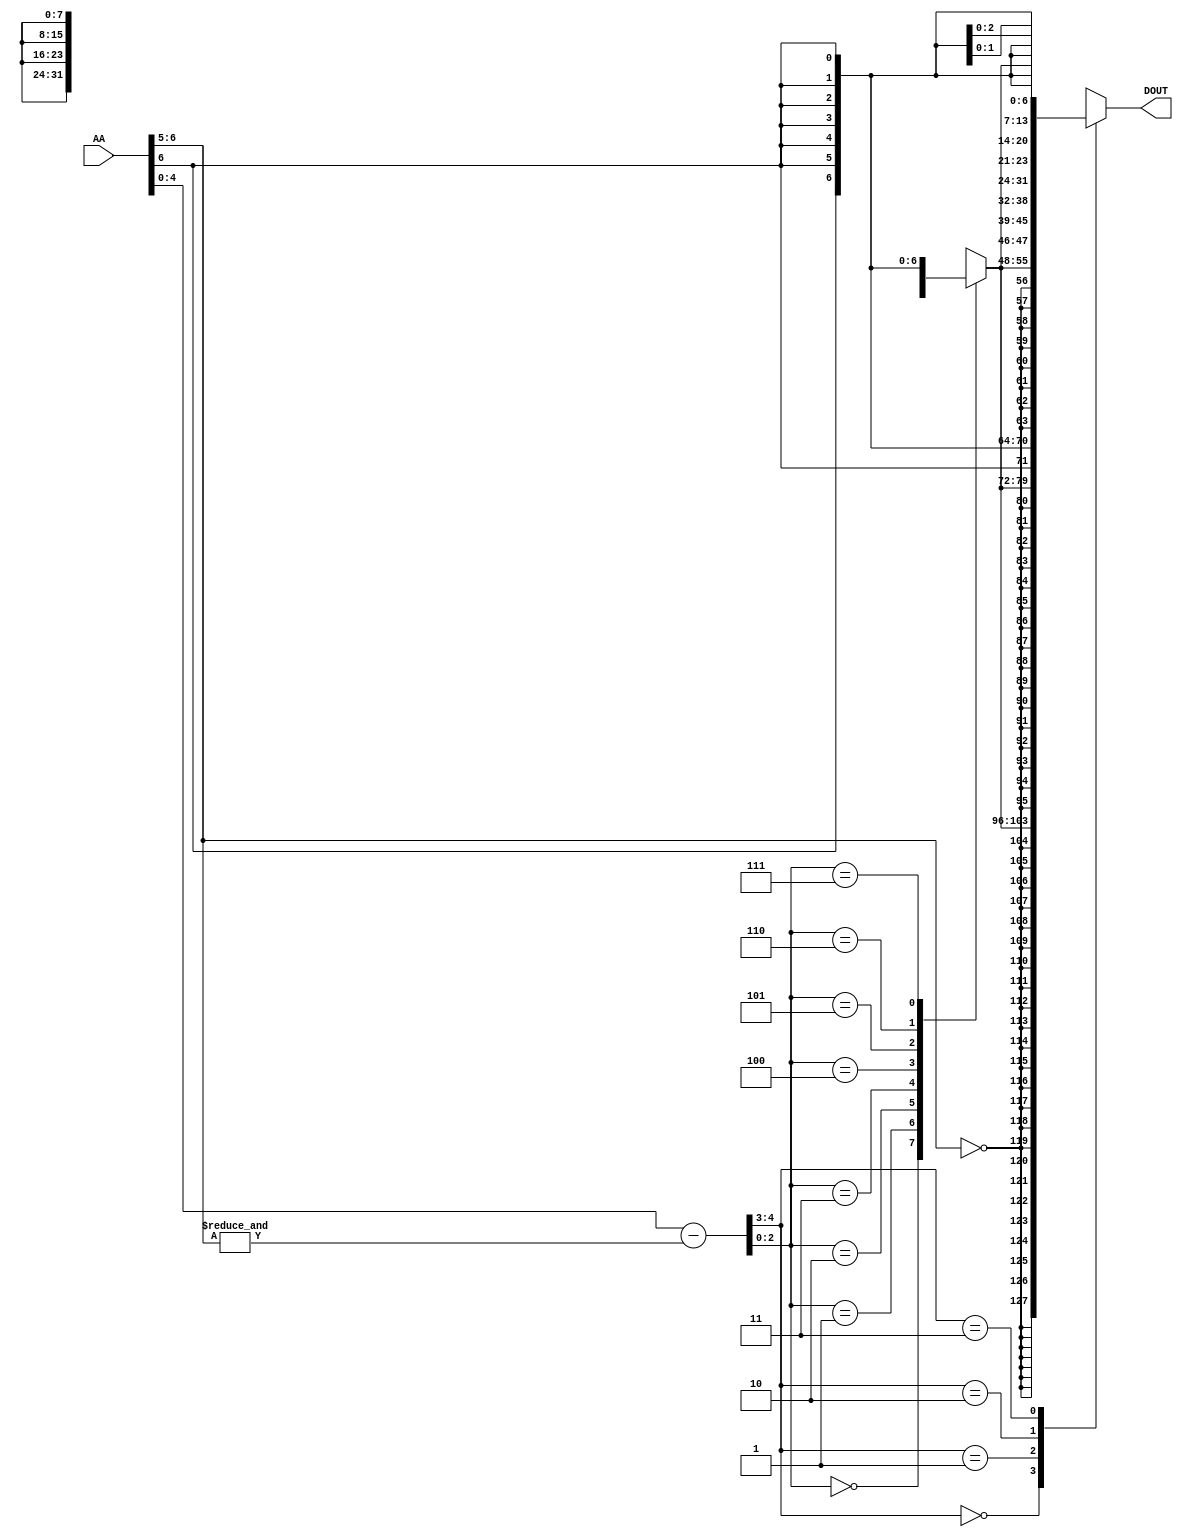
// +++++++++++++++++++++++++++++++++++++++++++++++++++++++++++++++++++++++++++++++++++++++++++++++++
//
// This file is part of the M32632 project
// http://opencores.org/project,m32632
//
//	Version:	2.0
//	History:	1.1 bug fix of 7 November 2015
//				1.0 first release of 30 Mai 2015
//
// Copyright (C) 2016 Udo Moeller
// 
// This source file may be used and distributed without 
// restriction provided that this copyright statement is not 
// removed from the file and that any derivative work contains 
// the original copyright notice and the associated disclaimer.
// 
// This source file is free software; you can redistribute it 
// and/or modify it under the terms of the GNU Lesser General 
// Public License as published by the Free Software Foundation;
// either version 2.1 of the License, or (at your option) any 
// later version. 
// 
// This source is distributed in the hope that it will be 
// useful, but WITHOUT ANY WARRANTY; without even the implied 
// warranty of MERCHANTABILITY or FITNESS FOR A PARTICULAR 
// PURPOSE. See the GNU Lesser General Public License for more 
// details. 
// 
// You should have received a copy of the GNU Lesser General 
// Public License along with this source; if not, download it 
// from http://www.opencores.org/lgpl.shtml 
// 
// +++++++++++++++++++++++++++++++++++++++++++++++++++++++++++++++++++++++++++++++++++++++++++++++++
//
//	Modules contained in this file:
//	1. BITMASK  	Mask Generator , was a ROM on falling edge in early days
//	2. MULFILTER 	Filter for Multiplier Input Data
//	3. SIGNMUL		Signed Multiplier for Integer Multiplication
//	4. SHIFTER		Barrel Shifter for all Shift Opcodes
//	5. FFS_LOGIK	Logic for FFS opcode 
//	6. SCHALE		Enclosure for Adder/Subtractor
//	7. I_PFAD		The Integer Datapath
//
// ++++++++++++++++++++++++++++++++++++++++++++++++++++++++++++++++++++++++++++++++++++++++++++++++++

// ++++++++++++++++++++++++++++++++++++++++++++++++++++++++++++++++++++++++++++++++++++++++++++++++++
//
//	1. BITMASK  	Mask Generator , was a ROM on falling edge in early days
//
// ++++++++++++++++++++++++++++++++++++++++++++++++++++++++++++++++++++++++++++++++++++++++++++++++++
module BITMASK (AA, DOUT);

//	0    :   FFFFFFFF;	Masktype 1 , Zero from right
//	1    :   FFFFFFFE;
//	2    :   FFFFFFFC;
//	3    :   FFFFFFF8;
//	.    :   ...
//	32   :   00000001;	Masktype 2 , Decoder
//	33   :   00000002;
//	34   :   00000004;
//	35   :   00000008;
//	..   :   ...
//	64   :   00000001;	Masktyte 3 , One from right
//	65   :   00000003;
//	66   :   00000007;
//	67   :   0000000F;
//	..   :   ...
//	96   :   FFFFFFFF;	Masktype 4 , like Masktype 3 but AA-1
//	97   :   00000001;
//	98   :   00000003;
//	99   :   00000007;
//	..   :   ...

	input	 	[6:0]	AA;
	
	output	reg	[31:0]	DOUT;
	
	reg		[7:0]	dec_bit;
	
	wire	 [4:0]	code;
	wire			high,low;
	
	
	assign code = AA[4:0] - {4'd0,&AA[6:5]};
	
	assign high = (AA[6:5] == 2'd0);
	assign low  =  AA[6];
	
	always @(code or high or low)
		case (code[2:0])
		  3'b000 : dec_bit = {{7{high}},1'b1         };
		  3'b001 : dec_bit = {{6{high}},1'b1,   low  };
		  3'b010 : dec_bit = {{5{high}},1'b1,{2{low}}};
		  3'b011 : dec_bit = {{4{high}},1'b1,{3{low}}};
		  3'b100 : dec_bit = {{3{high}},1'b1,{4{low}}};
		  3'b101 : dec_bit = {{2{high}},1'b1,{5{low}}};
		  3'b110 : dec_bit = {   high  ,1'b1,{6{low}}};
		  3'b111 : dec_bit = {          1'b1,{7{low}}};
		endcase

	always @(code or high or low or dec_bit)
		case (code[4:3])
		  2'b00 : DOUT = {{24{high}},dec_bit		  };
		  2'b01 : DOUT = {{16{high}},dec_bit,{ 8{low}}};
		  2'b10 : DOUT = {{ 8{high}},dec_bit,{16{low}}};
		  2'b11 : DOUT = {           dec_bit,{24{low}}};
		endcase
		
endmodule

// ++++++++++++++++++++++++++++++++++++++++++++++++++++++++++++++++++++++++++++++++++++++++++++++++++
//
//	2. MULFILTER 	Filter for Multiplier Input Data
//
// ++++++++++++++++++++++++++++++++++++++++++++++++++++++++++++++++++++++++++++++++++++++++++++++++++
module MULFILTER (BWD, FLOAT, SRC1, SRC2, DEST1, DEST2);

	input	 [1:0]	BWD;
	input			FLOAT;
	input	[31:0]	SRC1,SRC2;
	output	[31:0]	DEST1,DEST2;

	reg		[31:0]	DEST1,DEST2;
	
	always @(FLOAT or BWD or SRC1)
		casex ({FLOAT,BWD})
		  3'b0_00 : DEST1 = {{24{SRC1[7]}}, SRC1[7:0]};
		  3'b0_01 : DEST1 = {{16{SRC1[15]}},SRC1[15:0]};
		  3'b1_xx : DEST1 = {        9'h001,SRC1[22:0]};
		  default : DEST1 = SRC1;
		endcase
		
	always @(FLOAT or BWD or SRC2)
		casex ({FLOAT,BWD})
		  3'b0_00 : DEST2 = {{24{SRC2[7]}}, SRC2[7:0]};
		  3'b0_01 : DEST2 = {{16{SRC2[15]}},SRC2[15:0]};
		  3'b1_xx : DEST2 = {		 9'h001,SRC2[22:0]};
		  default : DEST2 = SRC2;
		endcase
		
endmodule

// ++++++++++++++++++++++++++++++++++++++++++++++++++++++++++++++++++++++++++++++++++++++++++++++++++
//
//	3. SIGNMUL		Signed Multiplier for Integer Multiplication
//
// ++++++++++++++++++++++++++++++++++++++++++++++++++++++++++++++++++++++++++++++++++++++++++++++++++
module SIGNMUL (dataa, datab, result);

	input	signed	[31:0]	dataa,datab;
	output	signed	[63:0]	result;
	
	assign result = dataa * datab;
	
endmodule

// ++++++++++++++++++++++++++++++++++++++++++++++++++++++++++++++++++++++++++++++++++++++++++++++++++
//
//	4. SHIFTER		Barrel Shifter for all Shift Opcodes
//
// ++++++++++++++++++++++++++++++++++++++++++++++++++++++++++++++++++++++++++++++++++++++++++++++++++
module SHIFTER ( MASKE,ROT,LSH,ASH,SIZE,SH_VAL,SH_DAT,SH_OUT,MASK_SEL);

	input  [31:0] MASKE;
	input	      ROT,LSH,ASH;
	input   [1:0] SIZE;
	input   [7:0] SH_VAL;
	input  [31:0] SH_DAT;
	output [31:0] SH_OUT;
	output  [4:0] MASK_SEL;

	reg  [31:0] sh_dat_in;
	wire [31:0] sh_dat_0,sh_dat_1,sh_dat_2,sh_dat_3,sh_dat_4;
	wire  [4:0] shift;
	reg		    msb;
	wire  [1:0] mask_code;
	reg  [31:0] SH_OUT;
	reg   [4:0] MASK_SEL;
	
	// Inputstage : prepare for ROT opcode :
	
	always @(ROT or SIZE or SH_DAT)
	  casex ({ROT,SIZE})
		3'b100  : sh_dat_in = {SH_DAT[31:16],SH_DAT[7:0],SH_DAT[7:0]};	// Byte copy to left
		3'b101  : sh_dat_in = {SH_DAT[15:0],SH_DAT[15:0]};	// Word copy to left
		default : sh_dat_in = SH_DAT;
	  endcase
	
	// Special case for ROT and BYTE : this way less logic
	
	assign shift = (ROT & (SIZE == 2'b00)) ? {2'b11,SH_VAL[2:0]} : SH_VAL[4:0];
	
	// Rotation logic
	
	assign sh_dat_0 = shift[0] ? {sh_dat_in[30:0],sh_dat_in[31]} : sh_dat_in;	// Rotation of 1 bit position
	assign sh_dat_1 = shift[1] ? {sh_dat_0[29:0],sh_dat_0[31:30]} : sh_dat_0;	// 2
	assign sh_dat_2 = shift[2] ? {sh_dat_1[27:0],sh_dat_1[31:28]} : sh_dat_1;	// 4
	assign sh_dat_3 = shift[3] ? {sh_dat_2[23:0],sh_dat_2[31:24]} : sh_dat_2;	// 8
	assign sh_dat_4 = shift[4] ? {sh_dat_3[15:0],sh_dat_3[31:16]} : sh_dat_3;	// 16

	// Detection of negativ data	

	always @(SIZE or SH_DAT)
	  casex (SIZE)
		2'b00   : msb = SH_DAT[7];	// Byte
		2'b01   : msb = SH_DAT[15];	// Word
		default : msb = SH_DAT[31];	// Double = 11
	  endcase
	
	// needs mask for output data : SH_VAL[7] says negativ number and "right" shift
	
	assign mask_code[1] = ROT | (SH_VAL[7] &   ASH &  msb);
	assign mask_code[0] = ROT | (SH_VAL[7] & ((ASH & ~msb) | LSH));

	always @(SH_VAL or SIZE)
	  casex ({SH_VAL[7],SIZE})
		3'b100  : MASK_SEL = {2'b00,SH_VAL[2:0]};	// special mask for Byte at right-shift
		3'b101  : MASK_SEL = {1'b0,SH_VAL[3:0]};	// special mask for Word at right-shift
		default : MASK_SEL = SH_VAL[4:0];
	  endcase

	always @(mask_code or sh_dat_4 or MASKE)	// top bits of MASKE are "1", lower bits are "0"
	  casex (mask_code)
		  2'b00 : SH_OUT = sh_dat_4 &  MASKE;	// LSH and ASH with positiv shift count
		  2'b01 : SH_OUT = sh_dat_4 & ~MASKE;	// Negativ shift count : LSH or ASH with positiv data
		  2'b10 : SH_OUT = sh_dat_4 |  MASKE;	// ASH with negativ shift count and negativ input data
		default : SH_OUT = sh_dat_4;			// ROT
	  endcase

endmodule

// ++++++++++++++++++++++++++++++++++++++++++++++++++++++++++++++++++++++++++++++++++++++++++++++++++
//
//	5. FFS_LOGIK	Logic for FFS opcode 
//
// ++++++++++++++++++++++++++++++++++++++++++++++++++++++++++++++++++++++++++++++++++++++++++++++++++
module FFS_LOGIK  (SRC1, SRC2, BWD, FLAG, DOUT);

	input	[31:0]	SRC1;
	input	 [4:0]	SRC2;
	input	 [1:0]	BWD;
	output	reg		FLAG;
	output	 [4:0]	DOUT;

	reg		 [6:0]	maske;
	reg		 [7:0]	byte_1,byte_2;
	
	wire	 [7:0]	byte_0,byte_3;
	wire	[15:0]	mdat_0;
	wire	 [7:0]	mdat_1;
	wire	 [3:0]	mdat_2;
	wire	 [4:0]	obits;
	
	always @(*)
		case (SRC2[2:0])
		  3'd0 : maske = 7'h7F;
		  3'd1 : maske = 7'h7E;
		  3'd2 : maske = 7'h7C;
		  3'd3 : maske = 7'h78;
		  3'd4 : maske = 7'h70;
		  3'd5 : maske = 7'h60;
		  3'd6 : maske = 7'h40;
		  3'd7 : maske = 7'h00;
		endcase
		
	assign byte_0 = (SRC2[4:3] == 2'b00) ? {SRC1[7],(SRC1[6:0] & maske)} : 8'h00;
	
	always @(*)
		casex (SRC2[4:3])
		  2'b00 : byte_1 = SRC1[15:8];
		  2'b01 : byte_1 = {SRC1[15],(SRC1[14:8] & maske)}; 
		  2'b1x : byte_1 = 8'h00;
		endcase
		
	always @(*)
		casex (SRC2[4:3])
		  2'b0x : byte_2 = SRC1[23:16];
		  2'b10 : byte_2 = {SRC1[23],(SRC1[22:16] & maske)}; 
		  2'b11 : byte_2 = 8'h00;
		endcase
		
	assign byte_3 = (SRC2[4:3] == 2'b11) ? {SRC1[31],(SRC1[30:24] & maske)} : SRC1[31:24];

	assign obits[4] = ({byte_1,byte_0} == 16'h0);
	assign mdat_0	= obits[4] ? {byte_3,byte_2} : {byte_1,byte_0};	// 16 Bit

	assign obits[3]	= (mdat_0[7:0] == 8'h0);
	assign mdat_1	= obits[3] ? mdat_0[15:8] : mdat_0[7:0];

	assign obits[2] = (mdat_1[3:0] == 4'h0);
	assign mdat_2	= obits[2] ? mdat_1[7:4] : mdat_1[3:0];
	
	assign obits[1] =   (mdat_2[1:0] == 2'b00);
	assign obits[0] = ~((mdat_2[2:1] == 2'b10) | mdat_2[0]);
	
	always @(BWD or obits or mdat_2)
		casex ({BWD,obits[4:3]})
		  4'b00_x1 : FLAG = 1;	// Byte Overflow => nothing found
		  4'b00_10 : FLAG = 1;	// Byte Overflow => nothing found
		  4'b01_1x : FLAG = 1;	// Word Overflow => nothing found
		  default  : FLAG = (mdat_2 == 4'b0000);
		endcase

	assign DOUT = FLAG ? 5'h0 : obits;
	
endmodule

// ++++++++++++++++++++++++++++++++++++++++++++++++++++++++++++++++++++++++++++++++++++++++++++++++++
//
//	6. SCHALE		Enclosure for Adder/Subtractor
//
// ++++++++++++++++++++++++++++++++++++++++++++++++++++++++++++++++++++++++++++++++++++++++++++++++++
module SCHALE (dataa, datab, cin, add_sub, bwd, result, cout, overflow);

	input	[31:0]	dataa,datab;
	input			cin;
	input			add_sub;	// 1 = Addition , 0 = Subtraction
	input	 [1:0]	bwd;
	
	output	[31:0]	result;
	output			cout,overflow;
	
	reg		 [2:0]	seldat;
	reg				overflow;

	wire	[32:0]	summe;
	
	assign summe = {1'b0,dataa} + {1'b0,(add_sub ? datab : ~datab)} + {32'd0,cin};
	
	always @(bwd or dataa or datab or summe)
		case (bwd)
		  2'b00   : seldat = {summe[7], dataa[7], datab[7]};
		  2'b01   : seldat = {summe[15],dataa[15],datab[15]};
		  default : seldat = {summe[31],dataa[31],datab[31]};
		endcase
		  
	always @(seldat or add_sub)
		case (seldat[1:0])
		  2'b00 : overflow = add_sub ?  seldat[2] : 1'b0;
		  2'b01 : overflow = add_sub ? 1'b0 :  seldat[2];
		  2'b10 : overflow = add_sub ? 1'b0 : ~seldat[2];
		  2'b11 : overflow = add_sub ? ~seldat[2] : 1'b0;
		endcase

	assign cout = add_sub ? summe[32] : ~summe[32];
	assign result = summe[31:0];
	
endmodule

// ++++++++++++++++++++++++++++++++++++++++++++++++++++++++++++++++++++++++++++++++++++++++++++++++++
//
//	7. I_PFAD		The Integer Datapath
//
// ++++++++++++++++++++++++++++++++++++++++++++++++++++++++++++++++++++++++++++++++++++++++++++++++++
module I_PFAD ( BCLK, BRESET, SFP_DAT, FSR, DP_OUT, SRC1, SRC2, BMASKE, ADDR, MRESULT, OPCODE, BWD, FL, SP_CMP, DP_CMP, LD_OUT,
				WREN, WRADR, RDAA, DETOIP, BITSEL, OVF_BCD, DISP, RWVFLAG, DSR, I_OUT, PSR, BMCODE, OV_FLAG, ACB_ZERO, STRING);

	input			BCLK,BRESET;
	input	[31:0]	SFP_DAT,FSR,DP_OUT;
	input	[31:0]	SRC1,SRC2;
	input	[31:0]	BMASKE;
	input	[31:0]	ADDR;
	input	[63:0]	MRESULT;
	input	 [7:0]	OPCODE;
	input	 [1:0]	BWD;
	input			FL;
	input	 [2:0]	SP_CMP;
	input	 [2:0]	DP_CMP;
	input			LD_OUT;
	input			WREN;
	input	 [5:0]	WRADR;
	input	 [7:0]	RDAA;
	input	[11:0]	DETOIP;
	input	 [2:0]	BITSEL;
	input	 [3:0]	OVF_BCD;
	input	 [4:0]	DISP;
	input			RWVFLAG;
	input	 [3:0]	DSR;
	
	output	[31:0]	I_OUT;
	output	[11:0]	PSR;
	output	 [6:0]	BMCODE;	// ROM Address for BITMASK
	output	reg		OV_FLAG;
	output			ACB_ZERO;
	output	 [4:0]	STRING;
	
	reg		[31:0]	I_OUT;
	reg		[31:0]	pfad_7,pfad_6,pfad_8,pfad_4a;
	wire	[31:0]	pfad_4,pfad_5,pfad_11;
	
	reg		[31:0]	bwd_daten1,bwd_daten2;
	wire	[31:0]	addsub_q;

	// +++++++++++++  Global Output Multiplexer  ++++++++++++++++++++++++++++
	
	always @(OPCODE or pfad_4 or pfad_5 or pfad_6 or pfad_7 or pfad_8 or DP_OUT or FL or SFP_DAT or FSR or pfad_11)
		casex (OPCODE[7:3])
		  5'b0100_x : I_OUT = pfad_4;
		  5'b0101_x : I_OUT = pfad_5;	// String opcodes
		  5'b0110_x : I_OUT = pfad_6;	
		  5'b0111_x : I_OUT = pfad_7;
		  5'b1000_x : I_OUT = pfad_8;
		  5'b1001_0 : I_OUT = DP_OUT;	// SP_FPU has higher priority ! LFSR has no output
		  // SFSR : ROUND,TRUNC,FLOOR Integer Data : SP or DP Block
		  5'b1001_1 : I_OUT = (OPCODE[2:1] == 2'b10) ? FSR : (FL ? SFP_DAT : DP_OUT);	
		  5'b1011_x : I_OUT = pfad_11;
		  5'b1101_x : I_OUT = DP_OUT;	// Coprocessor
		  default	: I_OUT = 32'hxxxx_xxxx; 	// don't care
		endcase
		
	// ++++++++++++++ PSR Register :	 I  P S U / N Z F V - L T C
	//									11 10 9 8   7 6 5 4 3 2 1 0
	
	reg		 [3:0]	psr_high;
	reg		 [7:0]	psr_low,psr_new;
	reg		[11:0]	push_psr;	// true Register
	reg		[11:0]	calc_psr;	// only verilog case
	reg		 [1:0]	nl_int;
	
	wire			ld_psr_l,ld_psr_h,up_psr;
	wire			cmp_op,bit_op,ari_op,neg_op,ffs_op,str_op,chk_op,abs_op,rwv_op;
	wire	 [1:0]	fp_nz;
	wire			f_flag,z_flag;
	wire	 [1:0]	nl_flags;
	wire			over_flow,cy_out;
	wire			ffs_flag;	// FLAG result of FFS
	wire			chk_flag;	// FLAG result of CHECK
	wire			save_psr,pop_psr;
	wire	 [4:0]	selbits;
	// Bits from DETOIP;
	wire			cmps_op,ph_match,until,kill_opt,inss_op,exin_cmd,extract,bit_reg,kurz_st,dw_info,acb_reg,t2p;
	wire			bcd_op,bcd_carry;
	
	assign cmps_op	= DETOIP[11];	// for CMPS
	assign ph_match	= DETOIP[10];	// MATCH phase
	assign until	= DETOIP[9];	// UNITL Flag for String
	assign kill_opt	= DETOIP[8];	// optimized execution of MOVS/MOVM
	assign inss_op	= DETOIP[7];	// 1=INSS
	assign exin_cmd = DETOIP[6];	// for EXT/INS
	assign extract  = DETOIP[5] & exin_cmd;	// 1=EXT
	assign bit_reg  = DETOIP[4];	// for Bit opcodes
	assign kurz_st  = DETOIP[3];	// for MOVM/CMPM
	assign dw_info  = DETOIP[2];	// at ADJSPi is SP=SRC2 always 32 Bit
	assign acb_reg  = DETOIP[1];	// suppresses Carry-Set at ACB
	assign t2p	    = DETOIP[0];	// Pulse to Load Trace-Bit to Pending-Trace-Bit
	
	assign bcd_op    = OVF_BCD[1];	// ADDPi,SUBPi - from DP_FPU
	assign bcd_carry = OVF_BCD[0];
	
	assign ld_psr_l = ((WRADR == 6'h1D) | (WRADR == 6'h10)) & WREN;	// Register PSR & UPSR
	assign ld_psr_h =  (WRADR == 6'h1D) & (BWD != 2'b00) & WREN;	// Register PSR
	// LD_OUT[1] is coming out of DECODER for this purpose
	assign up_psr = bcd_op | ((cmp_op | bit_op | ari_op | neg_op | ffs_op | chk_op) & LD_OUT);
	
	assign cmp_op = (OPCODE == 8'h41) | ((OPCODE == 8'hB2) & (FL ? ~SP_CMP[2] : ~DP_CMP[2]));	// CMPi or (CMPf & ~NAN)
	assign bit_op =   ((OPCODE[7:4] == 4'h6) & ((~OPCODE[3] & OPCODE[1]) | OPCODE[3:0] == 4'hE))	// the last term is for IBIT
					| (OPCODE == 8'h4D) | str_op | rwv_op;	// TBIT or CMPS or RDVAL/WRVAL
	assign ari_op = (OPCODE[7:4] == 4'h4) & (OPCODE[1:0] == 2'b0) & ~dw_info;	// ADDi,ADDCi,SUBi,SUBCi - special case ADJSPi no flags
	assign neg_op = (OPCODE[7:4] == 4'h6) & (OPCODE[3] & (OPCODE[1:0] == 2'b0));	// ABSi,NEGi  
	assign ffs_op = (OPCODE 	 == 8'h85);	// FFS
	assign chk_op = (OPCODE 	 == 8'h83);	// CHECK
	assign str_op = (OPCODE[7:4] == 4'h5) & (OPCODE[3:2] == 2'b0) & ~kurz_st;	// String-"S" opcodes : F-Flag to 0, at start always
	assign abs_op = (OPCODE 	 == 8'h6C);	// ABSi : Carry is not affected !
	assign rwv_op = (OPCODE[7:4] == 4'hE) & (OPCODE[3:1] == 3'b0);	// RDVAL + WRVAL
	
	always @(bwd_daten1 or bwd_daten2 or addsub_q)	// SRC1 > SRC2 ?
		case ({bwd_daten2[31],bwd_daten1[31]})
		  2'b00 : nl_int = {addsub_q[31],addsub_q[31]};	// MSB = N , LSB = L
		  2'b01 : nl_int = {   1'b0     ,    1'b1    };
		  2'b10 : nl_int = {   1'b1     ,    1'b0    };
		  2'b11 : nl_int = {addsub_q[31],addsub_q[31]};
		endcase
		
	assign ACB_ZERO = (addsub_q == 32'h0);	// is used for ACBi opcode too
	assign f_flag = str_op ? 1'b0 : (rwv_op ? RWVFLAG : (bit_op ? SRC2[selbits] : (acb_reg ? PSR[5] : over_flow)));
	assign fp_nz  = FL ? SP_CMP[1:0] : DP_CMP[1:0];
	assign z_flag =   OPCODE[1] ?  fp_nz[0] : ACB_ZERO;
	assign nl_flags = OPCODE[1] ? {fp_nz[1],1'b0} : nl_int;
	
	always @(*)	// Bits : N Z F V - L T C
		casex ({cmp_op,bcd_op,bit_op,(ffs_op | chk_op)})
		  4'b0000 : psr_new = {PSR[7:6],          f_flag,PSR[4:1],((acb_reg | abs_op) ? PSR[0] : cy_out)};	// arithmetic Op : CY and F
		  4'b0001 : psr_new = {PSR[7:6],(ffs_op ? ffs_flag : chk_flag),PSR[4:0]};		// FFS or CHECK
		  4'b001x : psr_new = (cmps_op & str_op) ?
							  {2'b01,             f_flag,PSR[4:3],1'b0,PSR[1:0]}		// Init CMPS
							: {PSR[7:6],          f_flag,PSR[4:0]};						// Bit opcode
		  4'b01xx : psr_new = {PSR[7:6],          1'b0,  PSR[4:1],bcd_carry};			// BCD opcode
		  4'b1xxx : psr_new = ph_match ?
							  {PSR[7:6], ~(ACB_ZERO ^ until), PSR[4:0]}					// Until/While Option at String-"S" opcodes
							: {nl_flags[1],z_flag,PSR[5:3],   nl_flags[0],PSR[1:0]};	// CMP f or i
		endcase
		
	always @(save_psr or pop_psr or OPCODE or PSR or SRC1)
		casex ({save_psr,pop_psr,OPCODE[6],OPCODE[2]})
		  4'b10xx : calc_psr = PSR & {~OPCODE[0],11'h0ED};	// clear P S U V T and the I-Bit at Interrupt & ABORT
		  4'b11xx : calc_psr = SRC1[27:16];
		  4'b0x00 : calc_psr = PSR & ~SRC1[11:0];	// BICPSR : Opcode = h32
		  4'b0x01 : calc_psr = PSR |  SRC1[11:0];	// BISPSR			 h36
		  default : calc_psr = SRC1[11:0];			// LPR PSR			 h76
		endcase

	// Special case Exception Handling : Code x'89-x'8F
	assign save_psr = (OPCODE[7:3] == 5'b1000_1);
	assign pop_psr  = (OPCODE[2:0] == 3'b000);

	always @(posedge BCLK or negedge BRESET)	// central memory for PSR low
		if (!BRESET) psr_low <= 8'h0;
		  else
		  begin
			if (ld_psr_l || save_psr) psr_low <= calc_psr[7:0];
			  else
				if (up_psr) psr_low <= psr_new;	// the Status result of a normal opcode
		  end
		  
	always @(posedge BCLK or negedge BRESET)	// central memory for PSR high
		if (!BRESET) psr_high <= 4'h0;
		  else
		  begin
			if (ld_psr_h || save_psr)  psr_high <= calc_psr[11:8];	// only at WORD access
			  else	// t2p : copy T-Bit into P-Bit at the beginning of opcode
				if (t2p) psr_high <= {psr_high[3],psr_low[1],psr_high[1:0]};
		  end
		  
	// Register for storage of PSR at Entry of Exception
	always @(posedge BCLK) if (save_psr) push_psr <= {PSR[11],(~OPCODE[1] & PSR[10]),PSR[9:0]};	// P-Flag modified
		
	assign PSR = {psr_high,psr_low};
	
	// ++++++++++++++  Overflow Detection  ++++++++++++++++++++++++++++++++++++++

	reg				ovf_mul,ovf_ash;
	wire	[31:0]	shdat;
	
	always @(posedge BCLK or negedge BRESET)
		if (!BRESET) OV_FLAG <= 1'b0;
		  else
			if (OVF_BCD[3]) OV_FLAG <= OVF_BCD[2];	// DEI,QUO,DIV
			  else
				if (LD_OUT)
				  case (OPCODE)
					 8'h78 : OV_FLAG <= ovf_mul;
					 8'h61 : OV_FLAG <= ovf_ash;
					 8'h40 : OV_FLAG <= over_flow & acb_reg;	// ADD Opcode at ACB
				   default : OV_FLAG <= 1'b0;
				  endcase
		
	always @(BWD or MRESULT)
		casex (BWD)
			2'b00 : ovf_mul = ~((MRESULT[15:7]  ==  9'd0) | (MRESULT[15:7]  ==  9'h1FF));
			2'b01 : ovf_mul = ~((MRESULT[31:15] == 17'd0) | (MRESULT[31:15] == 17'h1FFFF));
		  default : ovf_mul = ~((MRESULT[63:31] == 33'd0) | (MRESULT[63:31] == 33'h1FFFFFFFF));
		endcase
		
	always @(BWD or SRC2 or shdat)
		casex (BWD)
			2'b00 : ovf_ash = (SRC2[7]  != shdat[7]);
			2'b01 : ovf_ash = (SRC2[15] != shdat[15]);
		  default : ovf_ash = (SRC2[31] != shdat[31]);
		endcase
	
	// ++++++++++++++ Format 4 Opcodes : Basic Integer Opcodes, MOVi is special case  +++++++++++++

	reg				cy_in;
	reg				get_psr,rd_psr,rd_dsr,get_mod;
	wire			add_flag;
	
	always @(BWD or SRC1)
		casex (BWD)
			2'b00 : bwd_daten1 = {{24{SRC1[7]}}, SRC1[7:0]};	// Sign Extension
			2'b01 : bwd_daten1 = {{16{SRC1[15]}},SRC1[15:0]};
		  default : bwd_daten1 = SRC1;
		endcase
		
	assign add_flag = ~OPCODE[3] & ~OPCODE[1] & ~OPCODE[0];	// Only ADDi and ADDCi otherwise subtract in SCHALE
	
	always @(PSR or OPCODE)	// more effort due to ABSi und NEGi : Format 6
		casex ({OPCODE[5],OPCODE[3:2]})
		   3'b000 : cy_in = OPCODE[0];	// ADD + CMP
		   3'b001 : cy_in =  PSR[0];	// ADDC
		   3'b011 : cy_in = ~PSR[0];	// SUBC
		  default : cy_in = 1'b1;		// SUB + ABS + NEG : BORROW must be 1 for normal Adder 
		endcase
		
	SCHALE     addsub_ipfad  (.dataa(bwd_daten2), .datab(bwd_daten1), .cin(cy_in), .add_sub(add_flag), .bwd(BWD),
							  .result(addsub_q), .cout(cy_out), .overflow(over_flow) );
							  
	always @(posedge BCLK) get_psr <= (RDAA == 8'h9D) | (RDAA == 8'h90) | (RDAA == 8'h93);	// PSR or US or DSR is read
	always @(posedge BCLK) rd_psr  <= (RDAA[1:0] == 2'b01);
	always @(posedge BCLK) rd_dsr  <= (RDAA[1:0] == 2'b11);
	always @(posedge BCLK) get_mod <= (RDAA == 8'h9F);
	
	always @(OPCODE or SRC1 or SRC2 or get_psr or rd_psr or rd_dsr or get_mod or DSR or PSR or ADDR)
		casex (OPCODE[3:1])
		   3'b001 : pfad_4a = SRC2 & ~SRC1;	// BIC
		   3'bx10 : pfad_4a = get_psr ? {({4{rd_dsr}} & DSR),16'd0,({4{rd_psr}} & PSR[11:8]),({8{~rd_dsr}} & PSR[7:0])}	// MOV
									  : (get_mod ? {16'd0,SRC1[15:0]} : SRC1);
		   3'b011 : pfad_4a = SRC2 |  SRC1;	// OR
		   3'b101 : pfad_4a = SRC2 &  SRC1;	// AND
		   3'b111 : pfad_4a = SRC2 ^  SRC1;	// XOR
		  default : pfad_4a = ADDR;			// ADDR, comes from ADDR_UNIT
		endcase
		
	assign pfad_4 = (OPCODE[1:0] == 2'b00) ? addsub_q : pfad_4a;	// ADD,ADDC,SUB,SUBC have extra path
	
	// ++++++++++++++ Format 5 Opcodes : Strings MOVS , CMPS und SKPS  +++++++++++++++++++++++++++++++

	reg		[11:0]	spointer,dpointer;
	reg		 [9:0]	todo;
	reg		 [9:4]	todo_reg;
	reg				dis_opt;
	wire	[31:0]	diff_poi;
	wire			mehr,weiter,op_str,no_opt;
	
	assign op_str = (OPCODE[7:3] == 5'b0101_0);
	
	assign diff_poi = SRC2 - SRC1;	// Special Case
	
	always @(posedge BCLK) if (op_str && OPCODE[2]) dis_opt <= (diff_poi[31:3] == 29'd0);
	
	// This logic is for detection if an accelerated MOVS/MOVM inside a page is possible - Backward is not possible
	always @(posedge BCLK)
		if (op_str)
			begin
				spointer <= OPCODE[2] ? SRC1[11:0] : (spointer + {8'h00,todo[3:0]});	// Source
				dpointer <= OPCODE[2] ? SRC2[11:0] : (dpointer + {8'h00,todo[3:0]});	// Destination
			end
			
	assign no_opt = OPCODE[1] | ((spointer[11:3] == 9'h1FF) & (spointer[2:0] != 3'b000))
				   | kill_opt | ((dpointer[11:3] == 9'h1FF) & (dpointer[2:0] != 3'b000))
				   | dis_opt;
			
	assign pfad_5 = SRC1 - {28'h0,todo_reg[7:4]};

	assign mehr = (pfad_5[31:4] != 28'h0);
	
	always @(no_opt or BWD or mehr or pfad_5)
		casex ({no_opt,BWD,mehr,pfad_5[3:0]})
		  8'b000_1xxxx : todo = 10'h388;	// Byte
		  8'b000_01xxx : todo = 10'h388;
		  8'b000_001xx : todo = 10'h244;
		  8'b000_0001x : todo = 10'h122;
		  8'b000_00001 : todo = 10'h011;
		//
		  8'b001_1xxxx : todo = 10'h348;	// Word
		  8'b001_01xxx : todo = 10'h348;
		  8'b001_001xx : todo = 10'h348;
		  8'b001_0001x : todo = 10'h224;
		  8'b001_00001 : todo = 10'h112;
		//
		  8'b01x_1xxxx : todo = 10'h328;	// DWord
		  8'b01x_01xxx : todo = 10'h328;
		  8'b01x_001xx : todo = 10'h328;
		  8'b01x_0001x : todo = 10'h328;
		  8'b01x_00001 : todo = 10'h214;
		//
		  8'b100_xxxxx : todo = 10'h011;	// the opcodes CMPS and SKPS work on a single element
		  8'b101_xxxxx : todo = 10'h112;
		  8'b11x_xxxxx : todo = 10'h214;
		  default	   : todo = 10'hxxx;
		endcase
	
	always @(posedge BCLK) if (op_str) todo_reg <= {todo[9:8],(OPCODE[2] ? 4'd0 : todo[7:4])};	// store for next phase 51
		  
	assign weiter = mehr | (pfad_5[3:0] != 4'h0);
	
	assign STRING = {1'b0,ACB_ZERO,weiter,( op_str ? todo[9:8] : todo_reg[9:8] )};	// ACB_ZERO is delayed 1 cycle extern
	
	// +++++++++++++  Format 6 opcodes : ADDP + SUBP are done in DP_FPU  ++++++++++++++++++++

	wire			rot,ash,lsh,eis_op;
	wire	 [7:0]	sh_count;
	wire	 [4:0]	shcode;		// comes from SHIFTER
	
	reg		 [4:0]	disp_reg;	// for EXT/INS
	reg		 [2:0]	offs_reg;	// for INSS
	wire			exin_op,exin_op2;
	wire	 [4:0]	shval_ei;
	wire	 [7:0]	sh_exin;
	
	assign rot = (OPCODE[3:0] == 4'h0);
	assign ash = (OPCODE[3:0] == 4'h1);
	assign lsh = (OPCODE[3:1] == 3'b010);	// 5 is LSH , but 4 is Trap(UND) and is used for right-shift of Offset !
	
	assign eis_op = (OPCODE == 8'h73) | (OPCODE[7] & ~OPCODE[1] & inss_op);	// EXTSi | INSSi at OPCODE=80h
	assign exin_op  = exin_cmd & (OPCODE[7:4] == 4'h8);				// identifies EXT/INS
	assign exin_op2 = (exin_cmd | inss_op) & (OPCODE[7:4] == 4'h6);	// identifies LSH

	always @(posedge BCLK) disp_reg <= DISP;	// at EXT the path via ADDR is already used for DEST !!!
	always @(posedge BCLK) if (OPCODE[7]) offs_reg <= SRC1[7:5];	// for INSS , OPCODE=80h
	
	// Byte for external Bit source, Double for Register
	assign selbits = (bit_reg | eis_op | exin_op) ? (exin_op ? disp_reg : SRC1[4:0]) : {2'b00,BITSEL};
	
	assign shval_ei = inss_op ? {2'b00,offs_reg} : (bit_reg ? SRC1[4:0] : {2'b00,SRC1[2:0]});
	assign sh_exin[4:0] = ({5{extract}} ^ shval_ei) + {4'd0,extract};	// EXT : right shift, INS : left shift
	assign sh_exin[7:5] = (shval_ei == 5'd0) ? 3'b000 : {3{extract}};	// Special case : 0 has no negativ sign !

	// LSH shift by 16 bit to right
	assign sh_count = (OPCODE[3:0] == 4'h4) ? 8'hF0 : (exin_op2 ? sh_exin : SRC1[7:0]);
	
	assign BMCODE = (bit_op | eis_op | exin_op) ? {(eis_op | exin_op),(bit_op | exin_op),selbits} : {2'b00,shcode};
	
	SHIFTER  shift_inst (.MASKE(BMASKE), .ROT(rot), .ASH(ash), .LSH(lsh), .SH_DAT(SRC2), .SH_VAL(sh_count),
						 .MASK_SEL(shcode), .SIZE(BWD), .SH_OUT(shdat) );
	
	always @(BWD or SRC2 or neg_op or dw_info)
		casex ({neg_op,(dw_info | BWD[1]),BWD[0]})				// special case ADJSPi
		   3'b000 : bwd_daten2 = {{24{SRC2[7]}}, SRC2[7:0]};	// Sign Extension
		   3'b001 : bwd_daten2 = {{16{SRC2[15]}},SRC2[15:0]};
		   3'b1xx : bwd_daten2 = 32'h0;							// is used for ABSi and NEGi
		  default : bwd_daten2 = SRC2;
		endcase
		
	always @(OPCODE or SRC2 or BMASKE or addsub_q or bwd_daten1 or SRC1 or shdat or DP_OUT)
		casex (OPCODE[3:0])
		  4'b001x : pfad_6 = SRC2 & ~BMASKE;		// CBIT & CBITI
		  4'b011x : pfad_6 = SRC2 |  BMASKE;		// SBIT & SBITI
		  4'b1000 : pfad_6 = addsub_q;				// NEG
		  4'b1001 : pfad_6 = {SRC1[31:1],~SRC1[0]};	// NOT
		  4'b1010 : pfad_6 = SRC1;					// Special case 6A : not used normal -> op_lmr !
		  4'b1100 : pfad_6 = bwd_daten1[31] ? addsub_q : SRC1;	// ABS
		  4'b1101 : pfad_6 = ~SRC1;					// COM
		  4'b111x : pfad_6 = SRC2 ^  BMASKE;		// IBIT
		  default : pfad_6 = shdat;					// Result of Barrelshifter
		endcase
		
	// ++++++++++++++  Format 7 : MUL  +++++++++++++++++++++++

	// This Condition-Code Decoder is written twice ... see DECODER
	
	reg				sc_bit;
	wire			sc_negativ,sc_zero,sc_flag,sc_larger,sc_carry_psr;
	
	assign sc_negativ	= PSR[7];
	assign sc_zero      = PSR[6];
	assign sc_flag		= PSR[5];
	assign sc_larger	= PSR[2];
	assign sc_carry_psr = PSR[0];
	
	always @(SRC1 or sc_zero or sc_carry_psr or sc_larger or sc_negativ or sc_flag)
		case (SRC1[3:0])
		  4'h0 : sc_bit =  sc_zero;			// EQual
		  4'h1 : sc_bit = ~sc_zero;			// Not Equal
		  4'h2 : sc_bit =  sc_carry_psr;	// Carry Set
		  4'h3 : sc_bit = ~sc_carry_psr;	// Carry Clear
		  4'h4 : sc_bit =  sc_larger;		// Higher
		  4'h5 : sc_bit = ~sc_larger;		// Lower or Same
		  4'h6 : sc_bit =  sc_negativ;		// Greater Than
		  4'h7 : sc_bit = ~sc_negativ;		// Less or Equal
		  4'h8 : sc_bit =  sc_flag;			// Flag Set
		  4'h9 : sc_bit = ~sc_flag;			// Flag Clear
		  4'hA : sc_bit = ~sc_larger  & ~sc_zero;	// LOwer
		  4'hB : sc_bit =  sc_larger  |  sc_zero;	// Higher or Same
		  4'hC : sc_bit = ~sc_negativ & ~sc_zero;	// Less Than
		  4'hD : sc_bit =  sc_negativ |  sc_zero;	// Greater or Equal
		  4'hE : sc_bit = 1'b1;				// True
		  4'hF : sc_bit = 1'b0;				// False
		endcase
		
	reg		 [3:0]  bytes2anz;
	wire	[23:0]	and_src1;
	wire	[31:0]	movxz_dat;
	wire	 [4:0]	kurz_anz;
	wire	[31:0]	ext_sh4,ext_sh2;
	
	assign and_src1  = {{16{BWD[1]}},{8{BWD[0]}}} & SRC1[31:8];	// for MOVZ
	
	assign movxz_dat = (OPCODE[1] ^ OPCODE[0]) ? {and_src1,SRC1[7:0]} : bwd_daten1;	// MOVZ.. ?
	
	always @(ADDR or BWD)
		casex (BWD[1:0])
		  2'b00 : bytes2anz = ADDR[3:0];
		  2'b01 : bytes2anz = {1'b0,ADDR[3:1]};
		  2'b1x : bytes2anz = {2'b0,ADDR[3:2]};
		endcase
		
	assign kurz_anz = {1'b0,bytes2anz} + 5'h01;	// count for MOVM/CMPM
	
	assign ext_sh4 = SRC1[7] ? {4'h0,SRC2[31:4]}    : SRC2;		// EXTSi
	assign ext_sh2 = SRC1[6] ? {2'b0,ext_sh4[31:2]} : ext_sh4;
	
	always @(*)
		casex (OPCODE[3:0])
		  4'b0011 : pfad_7 = (SRC1[5] ? {1'b0,ext_sh2[31:1]} : ext_sh2) & BMASKE;	// EXTSi
		  4'b01xx : pfad_7 = movxz_dat;			// MOVXBW, MOVZBW, MOVZiD, MOVXiD
		  4'b1000 : pfad_7 = MRESULT[31:0];		// MULi
		  4'b1010 : pfad_7 = {27'h0,(kurz_st ? kurz_anz : {4'h0,sc_bit})};	// SCond or start of MOVM/CMPM
		  default : pfad_7 = DP_OUT;			// DIV etc.
		endcase
		
	// ++++++++++++++  Format 8 : multiple opcodes  +++++++++++++++++++++++
	
	reg				chk_p1;
	reg		[31:0]	ins_maske;
	
	wire	 [4:0]	ffs_out;
	wire	[15:0]	low_bou,upp_bou,zeiger,chk_upp,chk_low;
	wire			flag_up,flag_lo;
	
	FFS_LOGIK ffs_unit (.SRC1(SRC1), .SRC2(SRC2[4:0]), .BWD(BWD), .FLAG(ffs_flag), .DOUT(ffs_out) );
	
	// CHECK : SRC1 are the Bounds
	assign low_bou = BWD[0] ? SRC1[31:16] : {{8{SRC1[15]}},SRC1[15:8]};
	assign upp_bou = BWD[0] ? SRC1[15:0]  : {{8{SRC1[7]}}, SRC1[7:0]};
	assign zeiger  = BWD[0] ? SRC2[15:0]  : {{8{SRC2[7]}}, SRC2[7:0]};
	
	assign chk_upp = upp_bou - zeiger;	// F=1 if upp_bou < zeiger
	assign chk_low = zeiger - low_bou;	// F=1 if zeiger < low_bou
	
	assign flag_up = (upp_bou[15] == zeiger[15]) ? chk_upp[15] : upp_bou[15];	// See NL Definition
	assign flag_lo = (low_bou[15] == zeiger[15]) ? chk_low[15] : zeiger[15];
	
	always @(posedge BCLK) chk_p1 <= chk_op & BWD[1];	// CHECKD needs 2 cycles to execute
	
	assign chk_flag = BWD[1] ? (chk_p1 ? (nl_int[1] | psr_low[5]) : nl_int[1]) : (flag_up | flag_lo);
	
	always @(posedge BCLK) ins_maske <= shdat;	// expensive solution in terms of LEs ! 
	
	always @(*)
		casex (OPCODE[3:0])		// CVTP (81) has no OPCODE !
		  4'b000x : pfad_8 = (extract ? SRC2 : 32'hFFFF_FFFF) & BMASKE;	// EXT, the other form is for INS to get the mask
		  4'b0010 : pfad_8 = (SRC1 & ins_maske) | (SRC2 & ~ins_maske);	// INS ins_maske[] ? SRC1[] : SRC2[]
		  4'b0011 : pfad_8 = BWD[1] ? addsub_q : {16'h0,chk_low};
		  4'b0101 : pfad_8 = {24'hxx_xxxx,3'b000,ffs_out};
		  default : pfad_8 = {4'hx,push_psr,SRC1[15:0]};	// Opcode x'87-x'8F is used at CXP and therefore in Exception-Processing
		endcase
		
	// ++++++++++++++ Format 11 : Floating-Point Datapath  +++++++++++++++++++++++++++++++

	assign pfad_11 = (OPCODE[1:0] == 2'b01) ? 
						{((OPCODE[3:2] == 2'b11) ? 1'b0 : (SRC1[31] ^ OPCODE[2])),SRC1[30:0]}	// ABSf , NEGf + MOVf
											: DP_OUT;
	 
endmodule